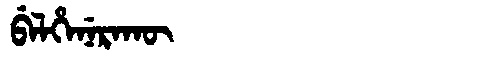
Manchu: ᠪᡝᠯᡥᡝᠨᡝᡵᠠᡴᡡ
Romanization: BELHENERAKŪ